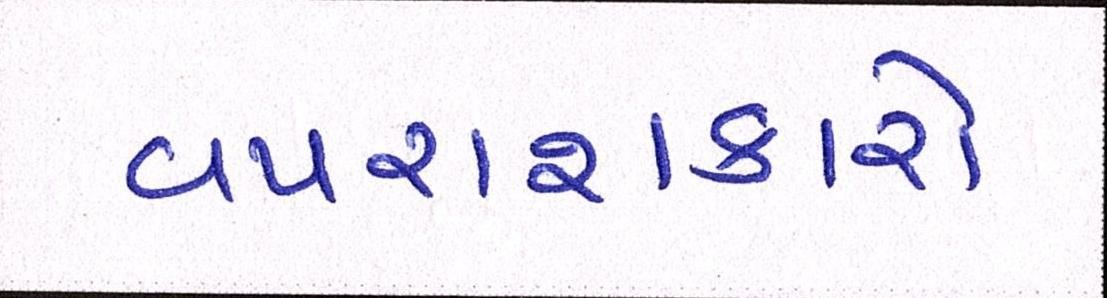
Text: વપરાશકારો